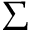
\Sigma